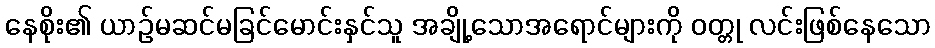
နေစိုး၏ ယာဉ်မဆင်မခြင်မောင်းနှင်သူ အချို့သောအရောင်များကို ဝတ္တု လင်းဖြစ်နေသော